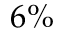
6 \%